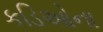
કડિઓના